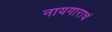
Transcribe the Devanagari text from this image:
नायगाराचं